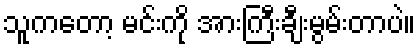
သူကတော့ မင်းကို အားကြီးချီးမွမ်းတာပဲ။